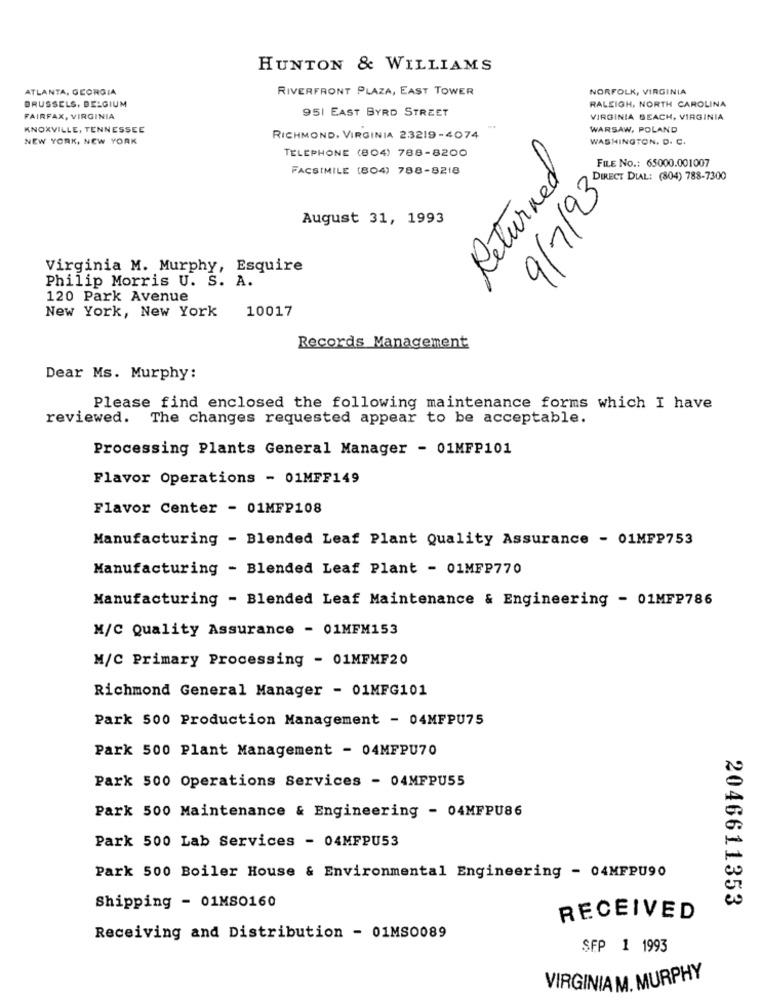
HUNTON & WILLIAMS
ATLANTA, GEORGIA
RIVERFRONT PLAZA, EAST TOWER
NORFOLK, VIRGINIA
BRUSSELS, BELGIUM
951 EAST BYRD STREET
RALEIGH, NORTH CAROLINA
FAIRFAX, VIRGINIA
VIRGINIA BEACH, VIRGINIA
KNOXVILLE, TENNESSEE
WARSAW, POLAND
NEW YORK, NEW YORK
RICHMOND, VIRGINIA 23219-4074
WASHINGTON, D. C.
TELEPHONE (804) 788-8200
FILE No .: 65000.001007
FACSIMILE (804) 788-8218
Returned
9/7/93
August 31, 1993
Virginia M. Murphy, Esquire
Philip Morris U. S. A.
120 Park Avenue
New York, New York
10017
Records Management
Dear Ms. Murphy:
Please find enclosed the following maintenance forms which I have
reviewed. The changes requested appear to be acceptable.
Processing Plants General Manager - 01MFP101
Flavor Operations - 01MFF149
Flavor Center - 01MFP108
Manufacturing - Blended Leaf Plant Quality Assurance - 01MFP753
Manufacturing - Blended Leaf Plant - 01MFP770
Manufacturing - Blended Leaf Maintenance & Engineering - 01MFP786
M/C Quality Assurance - 01MFM153
M/C Primary Processing - 01MFMF20
Richmond General Manager - 01MFG101
Park 500 Production Management - 04MFPU75
Park 500 Plant Management - 04MFPU70
Park 500 Operations Services - 04MFPU55
Park 500 Maintenance & Engineering - 04MFPU86
Park 500 Lab Services - 04MFPU53
Park 500 Boiler House & Environmental Engineering - 04MFPU90
Shipping - 01MSO160
2046611353
RECEIVED
Receiving and Distribution - 01MS0089
SEP 1 1993
VIRGINIA M. MURPHY